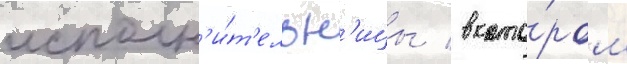
исполн'и́т'ельн'ицы / в кото́ром